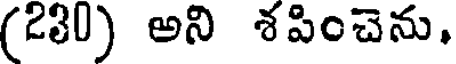
(230) అని శపించెను,